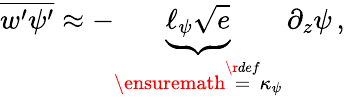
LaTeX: \overline{{w^{\prime}\psi^{\prime}}}\approx-\underbrace{\ell_{\psi}\sqrt{e}}_{\ensuremath{\stackrel{\r{def}}{=}}\kappa_{\psi}}\, \partial_{z}\psi\, ,